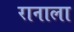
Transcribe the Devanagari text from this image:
रानाला